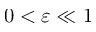
0 < \varepsilon \ll 1